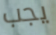
يجب